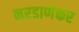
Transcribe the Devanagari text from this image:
नरडाणेकर